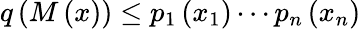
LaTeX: q\left(M\left(x\right)\right)\leq p_{1}\left(x_{1}\right)\cdots p_{n}\left(x_{n}\right)